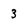
Character: 3